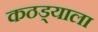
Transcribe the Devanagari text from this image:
कठड्याला